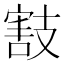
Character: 𢻜